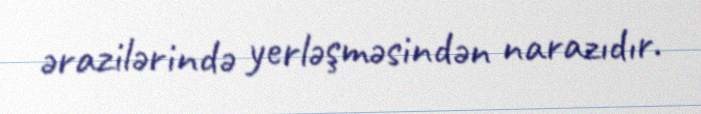
ərazilərində yerləşməsindən narazıdır.